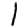
Digit: 1